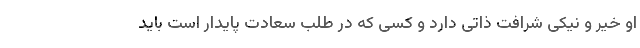
او خیر و نیکی شرافت ذاتی دارد و کسی که در طلب سعادت پایدار است باید